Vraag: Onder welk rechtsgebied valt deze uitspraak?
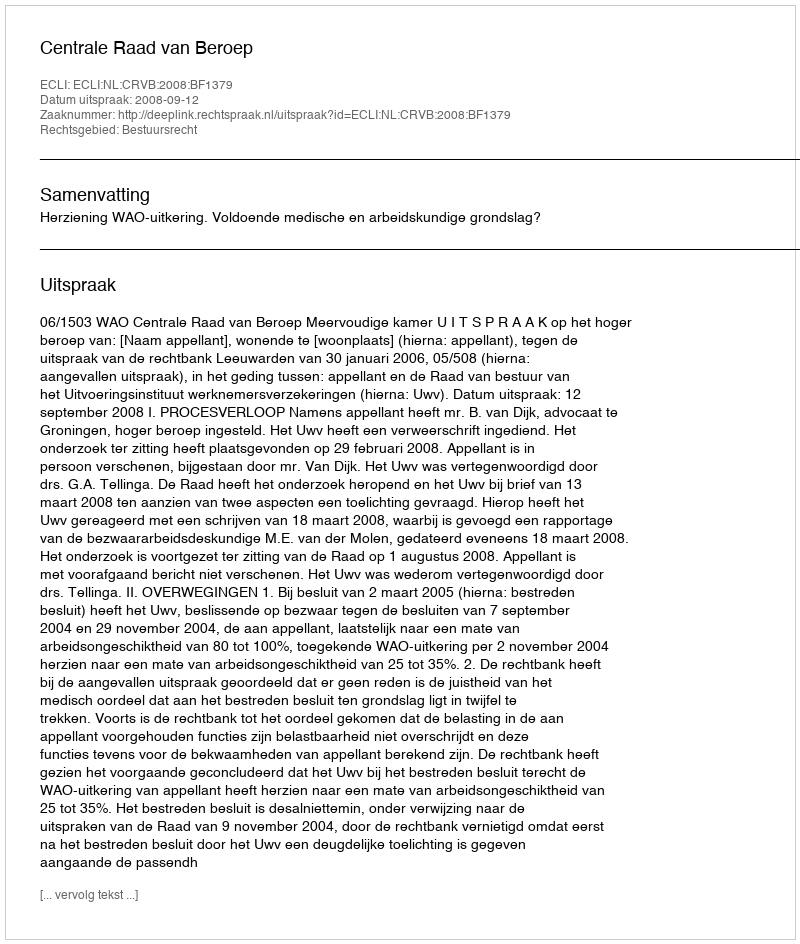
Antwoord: Bestuursrecht